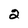
Character: 2